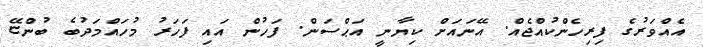
އެއްވަރުގެ ފިރިހެންކުއްޖެއް. އޭނައަށް ކިޔާނީ އަޙްސަން. ފަހުން އައި ފަހަރު މުހައްމަދުބެ ބުންޏޭ